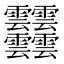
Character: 𩇔